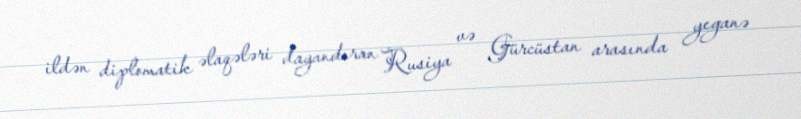
ildən diplomatik əlaqələri dayandıran Rusiya və Gürcüstan arasında yeganə